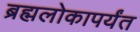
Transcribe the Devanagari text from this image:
ब्रह्मलोकापर्यंत